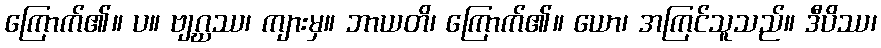
ကြောက်၏။ ပ။ ဗျဂ္ဃဿ၊ ကျားမှ။ ဘာယတိ၊ ကြောက်၏။ ယော၊ အကြင်သူသည်။ ဒီပိဿ၊